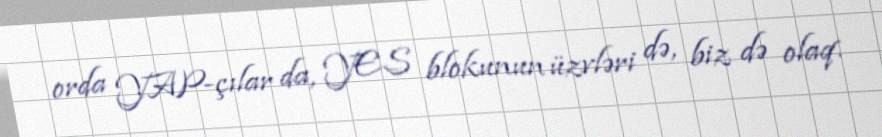
orda YAP-çılar da, YES blokunun üzvləri də, biz də olaq.